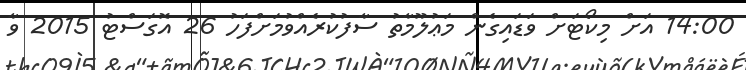
14:00 އަށް މިކޯޓަށް ވަޑައިގެން މަޢުލޫމާތު ސާފުކުރެއްވުމަށްފަހު 26 އޮގަސްޓު 2015 ވާ